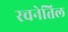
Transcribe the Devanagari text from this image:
रचनेतिल